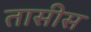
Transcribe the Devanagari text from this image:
तासीस